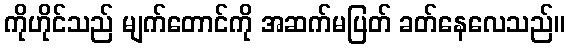
ကိုဟိုင်သည် မျက်တောင်ကို အဆက်မပြတ် ခတ်နေလေသည်။